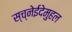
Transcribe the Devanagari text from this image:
स्च्नेईदेमुहल